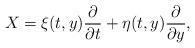
LaTeX: \begin{align*}X=\xi(t,y)\frac{\partial}{\partial{t}}+\eta(t,y)\frac{\partial}{\partial{y}},\end{align*}